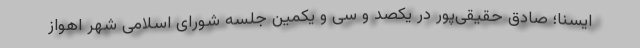
ایسنا؛ صادق حقیقی‌پور در یکصد و سی و یکمین جلسه شورای اسلامی شهر اهواز